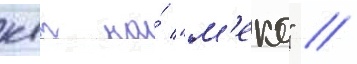
квт на́ "м'еко" //